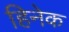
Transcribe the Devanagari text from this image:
हिनेक